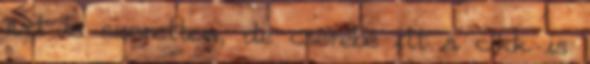
azt is szerettem, de cserébe itt a cikk is